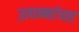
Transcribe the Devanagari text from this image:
उत्पन्नांच्या